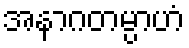
အနာဂတမ္ပာဟံ